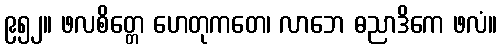
၉၅၂။ ဖလစိတ္တေ ဟေတုကတေ၊ လာဘေ ဓညာဒိကေ ဖလံ။